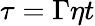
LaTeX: \tau=\Gamma\eta t